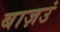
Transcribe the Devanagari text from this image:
बाज़उं